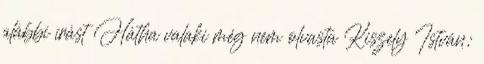
alábbi írást Hátha valaki még nem olvasta Kiszely István: